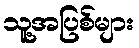
သူ့အပြစ်များ